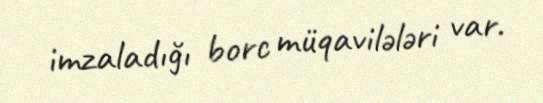
imzaladığı borc müqavilələri var.